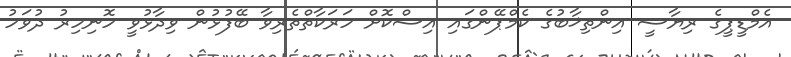
އެމްޑީޕީގެ ރިޔާސީ އިންތިޚާބުގެ ކެމްޕޭންގައި އިސްކޮށް ހަރަކާތްތެރިވާ ބޭފުޅުން ވިދާޅުވީ ހޮނިހިރު ދުވަހު